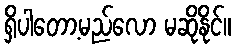
ရှိပါတော့မည်လော မဆိုနိုင်။